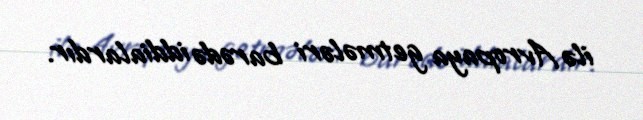
ilə Avropaya getmələri barədə iddialardır.